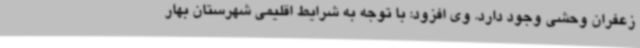
زعفران وحشی وجود دارد. وی افزود: با توجه به شرایط اقلیمی شهرستان بهار